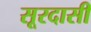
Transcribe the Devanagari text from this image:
सूरदासी